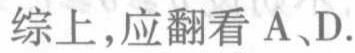
综上，应翻看 A、D.